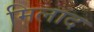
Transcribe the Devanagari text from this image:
मिलाद